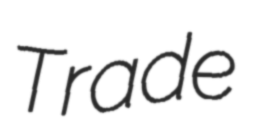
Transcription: Trade